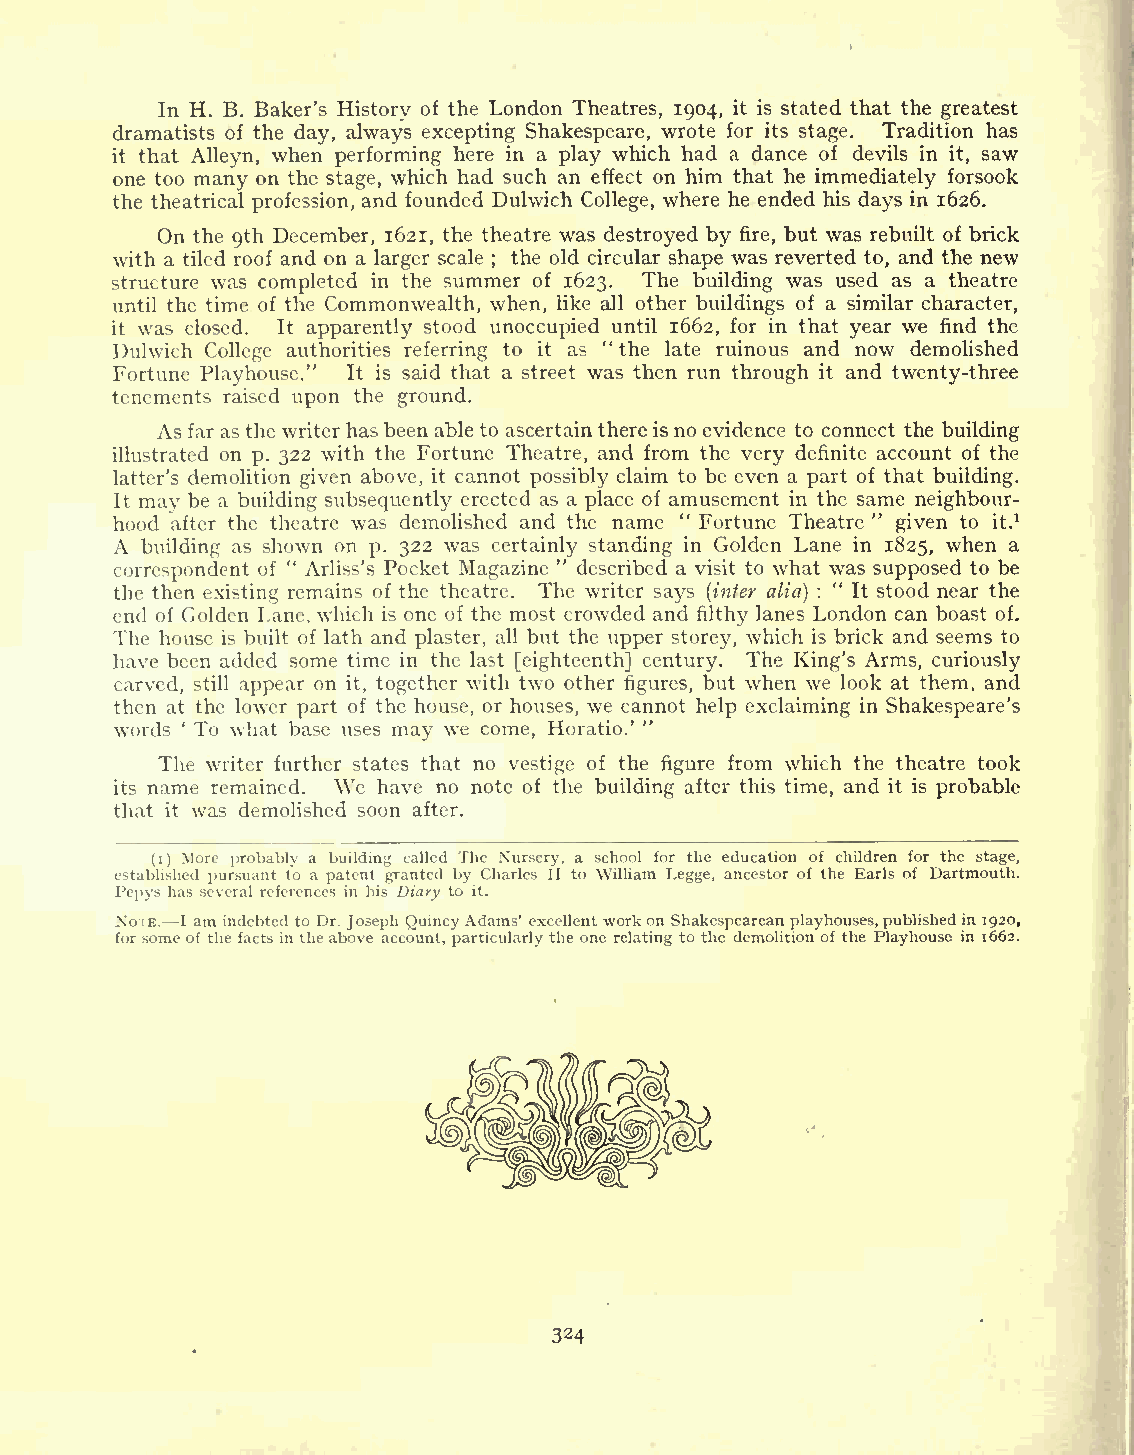
In H. B. Baker's History of the London Theatres, 1904, it is stated that the greatest
 dramatists of the day, always excepting Shakespeare, wrote for its stage. Tradition has
 it that Alleyn, when performing here in a play which had a dance of devils in it, saw
 one too many on the stage, which had such an effect on him that he immediately forsook
 the theatrical profession, and founded Dulwich College, where he ended his days in 1626.
 On the Qth December, 1621, the theatre was destroyed by fire, but was rebuilt of brick
 with a tiled roof and on a larger scale ; the old circular shape was reverted to, and the new
 structure was completed in the summer of 1623. The building was used as a theatre
 until the time of the Commonwealth, when, like all other buildings of a similar character,
 it was closed. It apparently stood unoccupied until 1662, for in that year we find the
 Dulwich College authorities referring to it as " the late ruinous and now demolished
 Fortune Playhouse." It is said that a street was then run through it and twenty-three
 tenements raised upon the ground.
 As far as the writerhasbeen able to ascertain there isno evidence to connect the building
 illustrated on p. 322 with the Fortune Theatre, and from the very definite account of the
 latter's demolition given above, it cannot possibly claim to be even a part of that building.
 It may be a building subsequently erected as a place of amusement in the same neighbour-
 hood after the theatre was demolished and the name " Fortune Theatre " given to it.1
 A corb ru ei sl pd oi nn dg ena ts os fho "w An rlio sn s'sp. Po3 c2 k2 etwa Ms agc ae zr it na ein "ly des st ca rn id bi en dg ain visG io tl td oen whL aa tn we asin su18 p2 p5 o, sew dh te on bea
 "
 the then existing remains of the theatre. The writer says (inter alia) : It stood near the
 end of Golden Lane, which is one of the most crowded and filthy lanes London can boast of.
 The house is built of lath and plaster, all but the upper storey, which is brick and seems to
 have been added some time in the last [eighteenth] century. The King's Arms, curiously
 carved, still appear on it, together with two other figures, but when we look at them, and
 then at the lower part of the house, or houses, we cannot help exclaiming in Shakespeare's
 words ' To what base uses may we come, Horatio.' '
 The writer further states that no vestige of the figure from which the theatre took
 its name remained. We have no note of the building after this time, and it is probable
 that it was demolished soon after.
 (i) More probably a building called The Nursery, a school for the education of children for the stage,
 established pursuant to a patent granted by Charles II to William Legge, ancestor of the Earls of Dartmouth.
 Pepys has several references in his Diary to it.
 NoIE. I am indebted to Dr. Joseph QuincyAdams' excellentworkon Shakespeareanplayhouses,publishedin 1920,
 for some of the facts intheabove account, particularly the one relating to the demolition of the Playhouse in 1662.
 324